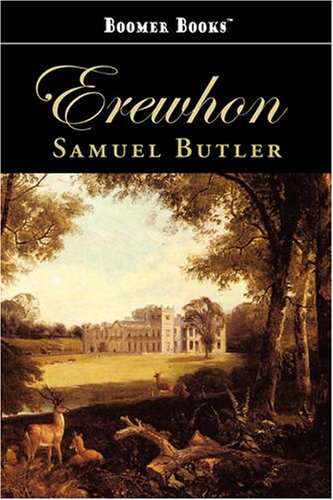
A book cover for Erewhon; Samuel Butler; Science Fiction & Fantasy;